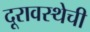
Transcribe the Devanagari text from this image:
दूरावस्थेची